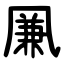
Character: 凲